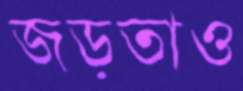
জড়তাও